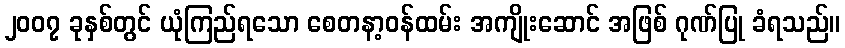
၂၀၀၇ ခုနှစ်တွင် ယုံကြည်ရသော စေတနာ့ဝန်ထမ်း အကျိုးဆောင် အဖြစ် ဂုဏ်ပြု ခံရသည်။